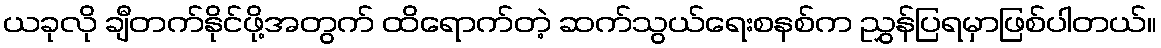
ယခုလို ချီတက်နိုင်ဖို့အတွက် ထိရောက်တဲ့ ဆက်သွယ်ရေးစနစ်က ညွှန်ပြရမှာဖြစ်ပါတယ်။